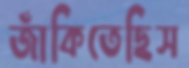
জাঁকিতেছিস